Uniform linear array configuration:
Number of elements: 8
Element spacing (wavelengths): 1
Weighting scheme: uniform
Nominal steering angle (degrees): -15
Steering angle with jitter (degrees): -15.559
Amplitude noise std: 0.05
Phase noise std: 0.05

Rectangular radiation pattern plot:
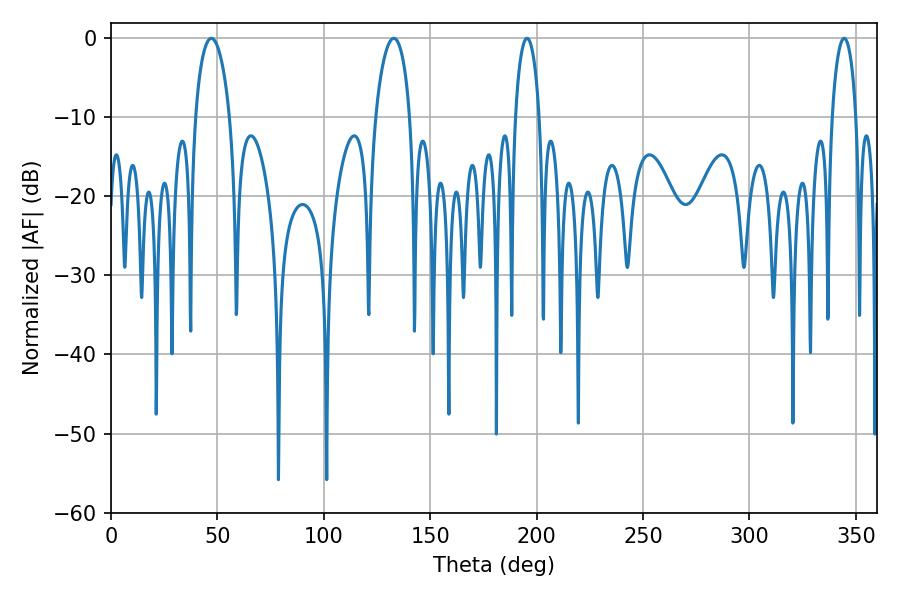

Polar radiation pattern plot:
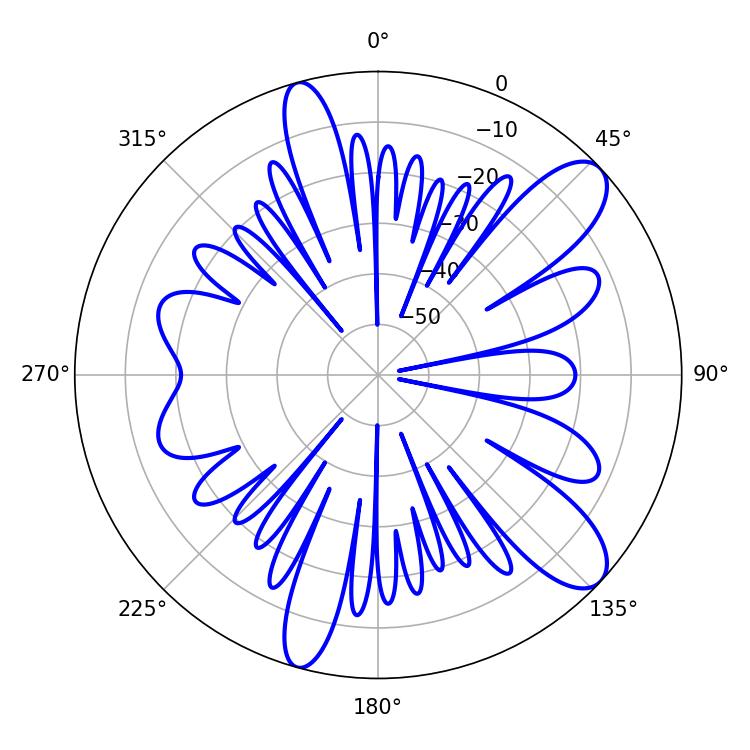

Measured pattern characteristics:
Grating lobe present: TRUE
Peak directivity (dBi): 10.445
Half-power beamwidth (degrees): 6.48
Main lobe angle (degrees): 344.52